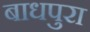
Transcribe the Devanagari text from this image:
बाधपुरा